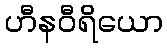
ဟီနဝီရိယော